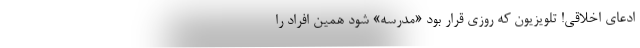
ادعای اخلاقی! تلویزیون که روزی قرار بود «مدرسه» شود همین افراد را